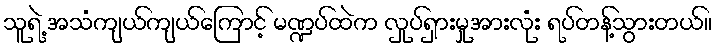
သူရဲ့ အသံကျယ်ကျယ်ကြောင့် မဏ္ဍပ်ထဲက လှုပ်ရှားမှုအားလုံး ရပ်တန့်သွားတယ်။